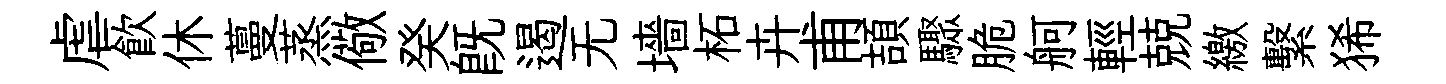
虐飲休蔓蒸儆癸既遏无墻柘卉甫頡驟脆舸輕兢繳繫狶